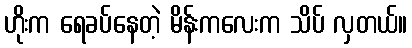
ဟိုးက ရေခပ်နေတဲ့ မိန်းကလေးက သိပ် လှတယ်။